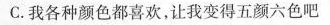
C.我各种颜色都喜欢，让我变得五颜六色吧